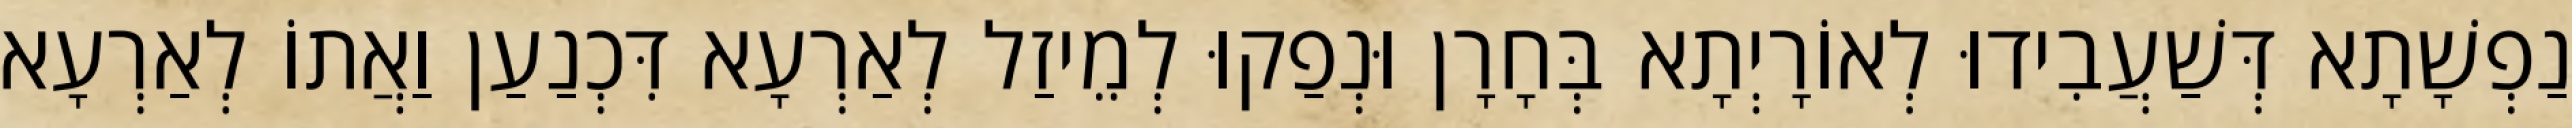
נַפְשָׁתָא דְּשַׁעֲבִידוּ לְאוֹרָיְתָא בְּחָרָן וּנְפַקוּ לְמֵיזַל לְאַרְעָא דִּכְנַעַן וַאֲתוֹ לְאַרְעָא